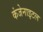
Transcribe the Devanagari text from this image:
कंजेनाइटल